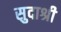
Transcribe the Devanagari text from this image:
सुदाश्री